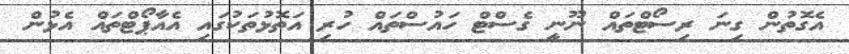
އެގޮތުން ގިނަ ރިސޯޓްތައް ނޫނީ ގެސްޓް ހައުސްތައް ހުރި އަތޮޅުތަކުގައި އެއާޕޯޓްތައް އެޅުން